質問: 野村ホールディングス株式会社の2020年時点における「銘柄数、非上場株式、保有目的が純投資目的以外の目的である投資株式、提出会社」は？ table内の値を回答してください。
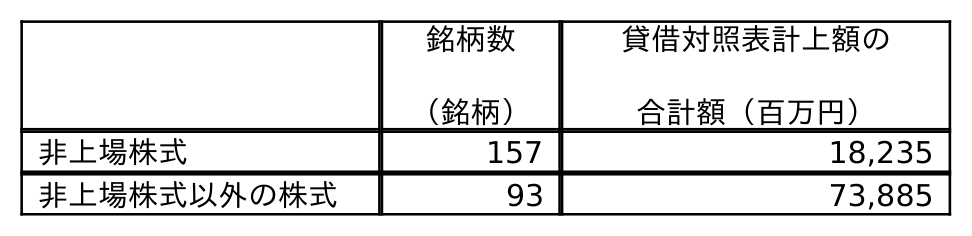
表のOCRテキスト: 銘柄数 （銘柄） 貸借対照表計上額の 合計額（百万円） 非上場株式 157 18,235 非上場株式以外の株式 93 73,885
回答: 157